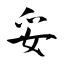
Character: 妥